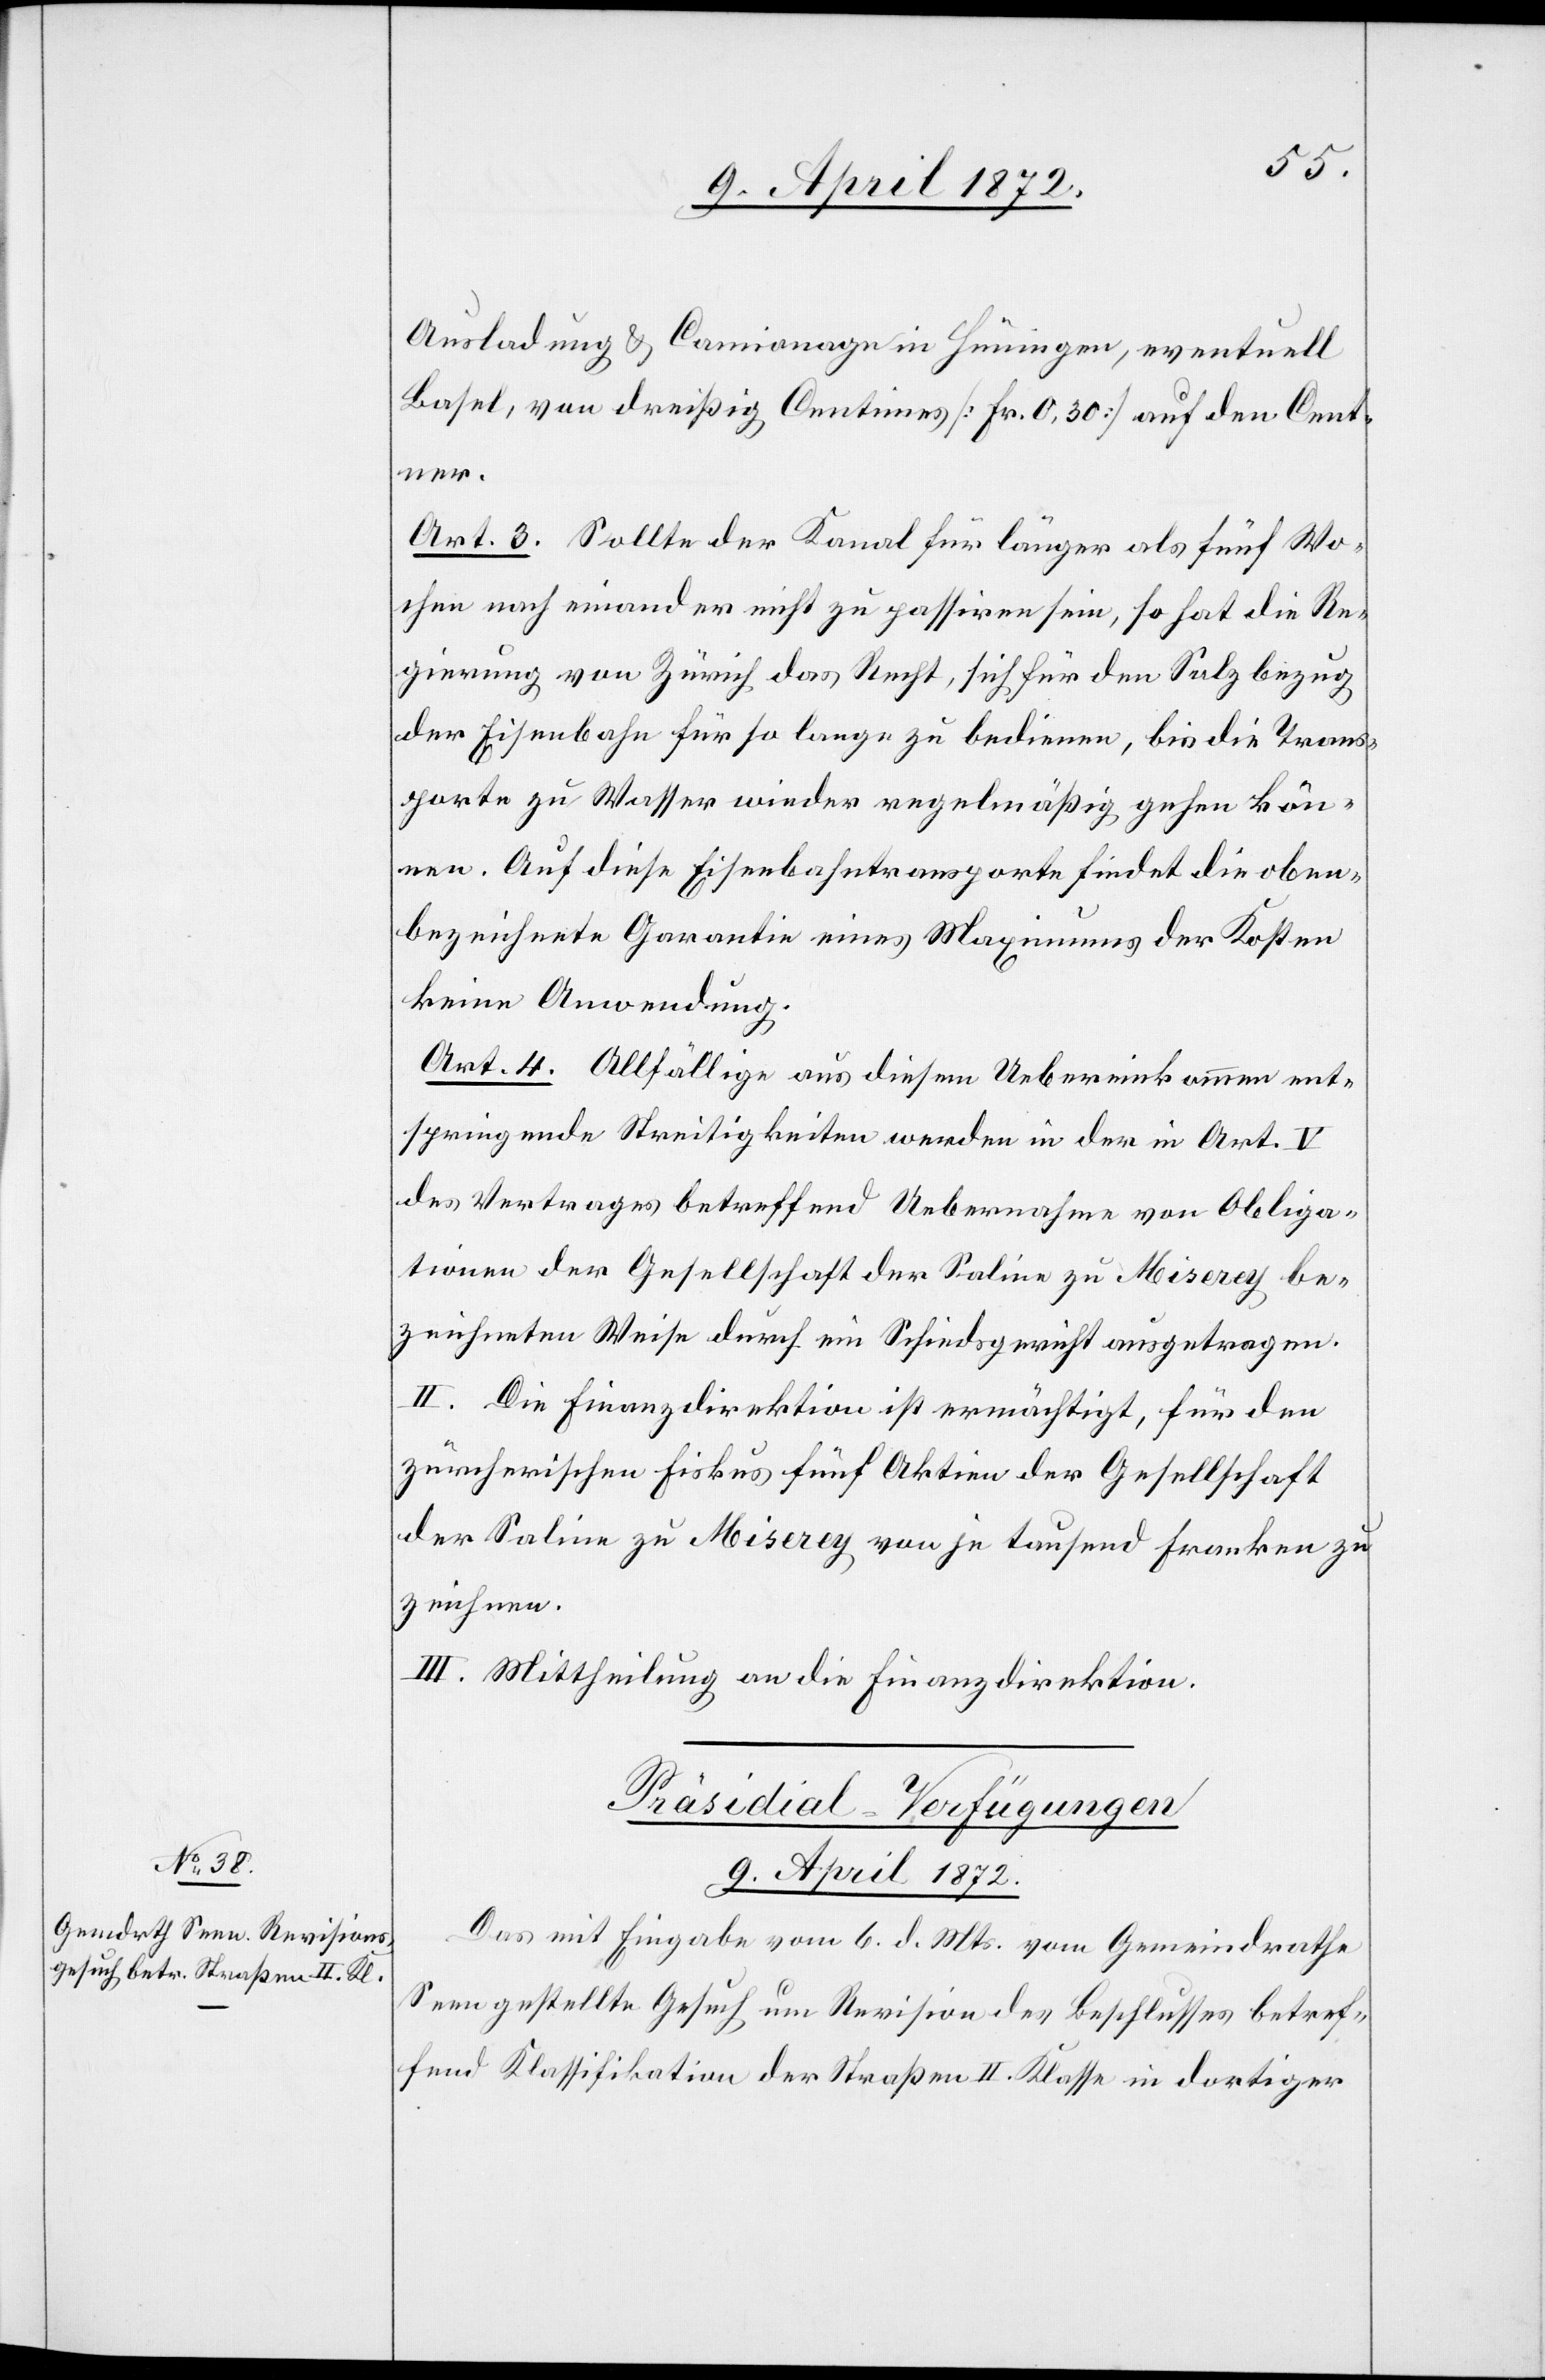
Ausladung u. Camianage in Hüningen, eventuell
Basel, von dreißig Centimes [Fr. 0,30] auf den Cent¬
ner.
Art. 3. Sollte der Kanal für länger als fünf Wo¬
chen nach einander nicht zu passiren sein, so hat die Re¬
gierung von Zürich das Recht, sich für den Salzbezug
der Eisenbahn für so lange zu bedienen, bis die Trans¬
porte zu Wasser wieder regelmäßig gehen kön¬
nen. Auf diese Eisenbahntransporte findet die oben¬
bezeichnete Garantie eines Maximums der Kosten
keine Anwendung.
Art. 4. Allfällige aus diesem Uebereinkommen ent¬
springende Streitigkeiten werden in der in Art. V
des Vertrages betreffend Uebernahme von Obliga¬
tionen der Gesellschaft der Saline zu Miserey be¬
zeichneten Weise durch ein Schiedsgericht ausgetragen.
II. Die Finanzdirektion ist ermächtigt, für den
zürcherischen Fiskus fünf Aktien der Gesellschaft
der Saline zu Miserey von je tausend Franken zu
zeichnen.
III. Mittheilung an die Finanzdirektion.
Präsidial-Verfügungen
9. April 1872.
Das mit Eingabe vom 6. d. Mts. vom Gemeindrathe
Seen gestellte Gesuch um Revision des Beschlusses betref¬
fend Klassifikation der Straßen II. Klasse in dortiger